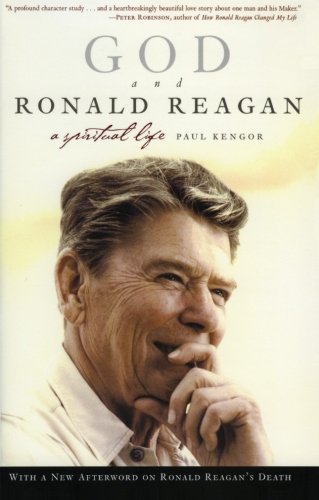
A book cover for God and Ronald Reagan: A Spiritual Life; Paul Kengor; Biographies & Memoirs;